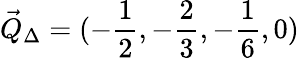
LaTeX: \vec{Q}_{\Delta}=(-\frac{1}{2},-\frac{2}{3},-\frac{1}{6},0)